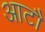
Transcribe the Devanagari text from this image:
आटौ